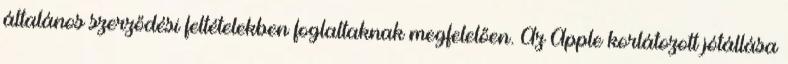
általános szerződési feltételekben foglaltaknak megfelelően. Az Apple korlátozott jótállása